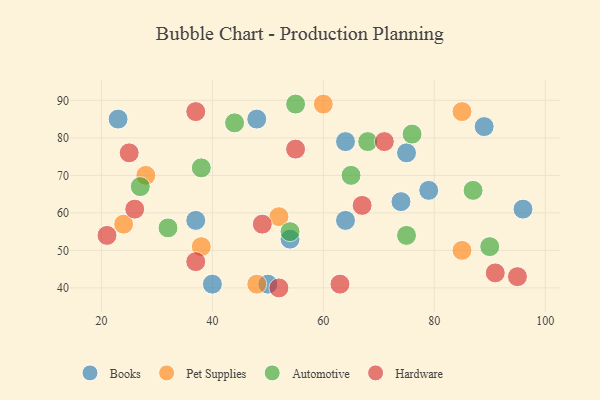
{"axis": {"x": "GDP", "y": "Life Expectancy"}, "legend": ["Automotive", "Books", "Hardware", "Pet Supplies"], "data": [{"x": "37", "y": 58, "type": "Books"}, {"x": "79", "y": 66, "type": "Books"}, {"x": "50", "y": 41, "type": "Books"}, {"x": "48", "y": 85, "type": "Books"}, {"x": "74", "y": 63, "type": "Books"}, {"x": "40", "y": 41, "type": "Books"}, {"x": "89", "y": 83, "type": "Books"}, {"x": "64", "y": 58, "type": "Books"}, {"x": "96", "y": 61, "type": "Books"}, {"x": "54", "y": 53, "type": "Books"}, {"x": "64", "y": 79, "type": "Books"}, {"x": "23", "y": 85, "type": "Books"}, {"x": "75", "y": 76, "type": "Books"}, {"x": "28", "y": 70, "type": "Pet Supplies"}, {"x": "48", "y": 41, "type": "Pet Supplies"}, {"x": "85", "y": 87, "type": "Pet Supplies"}, {"x": "52", "y": 59, "type": "Pet Supplies"}, {"x": "85", "y": 50, "type": "Pet Supplies"}, {"x": "60", "y": 89, "type": "Pet Supplies"}, {"x": "38", "y": 51, "type": "Pet Supplies"}, {"x": "24", "y": 57, "type": "Pet Supplies"}, {"x": "55", "y": 89, "type": "Automotive"}, {"x": "38", "y": 72, "type": "Automotive"}, {"x": "54", "y": 55, "type": "Automotive"}, {"x": "32", "y": 56, "type": "Automotive"}, {"x": "76", "y": 81, "type": "Automotive"}, {"x": "44", "y": 84, "type": "Automotive"}, {"x": "75", "y": 54, "type": "Automotive"}, {"x": "65", "y": 70, "type": "Automotive"}, {"x": "68", "y": 79, "type": "Automotive"}, {"x": "27", "y": 67, "type": "Automotive"}, {"x": "90", "y": 51, "type": "Automotive"}, {"x": "87", "y": 66, "type": "Automotive"}, {"x": "25", "y": 76, "type": "Hardware"}, {"x": "67", "y": 62, "type": "Hardware"}, {"x": "52", "y": 40, "type": "Hardware"}, {"x": "91", "y": 44, "type": "Hardware"}, {"x": "37", "y": 87, "type": "Hardware"}, {"x": "63", "y": 41, "type": "Hardware"}, {"x": "49", "y": 57, "type": "Hardware"}, {"x": "26", "y": 61, "type": "Hardware"}, {"x": "95", "y": 43, "type": "Hardware"}, {"x": "55", "y": 77, "type": "Hardware"}, {"x": "37", "y": 47, "type": "Hardware"}, {"x": "21", "y": 54, "type": "Hardware"}, {"x": "71", "y": 79, "type": "Hardware"}]}